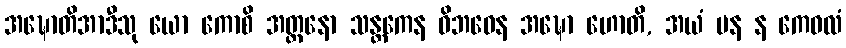
အဍ္ဎောတိအာဒီသု ယော ကောစိ အတ္တနော သန္တကေန ဝိဘဝေန အဍ္ဎော ဟောတိ, အယံ ပန န ကေဝလံ